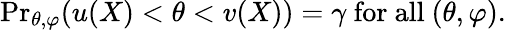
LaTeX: {\operatorname*{Pr}}_{\theta,\varphi}(u(X)<\theta<v(X))=\gamma{\mathrm{~for~all~}}(\theta,\varphi).